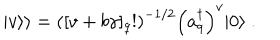
LaTeX: \mid { v } \rangle \rangle = \left( [ v + b \gamma ] _ { q } ! \right) ^ { - 1 / 2 } \left( a _ { q } ^ { \dagger } \right) ^ { v } \vert 0 \rangle ~ .